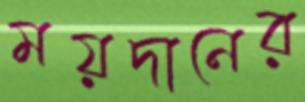
ময়দানের